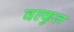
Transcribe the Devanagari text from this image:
वल्कुल